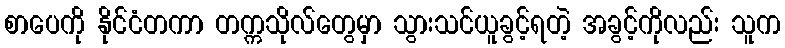
စာပေကို နိုင်ငံတကာ တက္ကသိုလ်တွေမှာ သွားသင်ယူခွင့်ရတဲ့ အခွင့်ကိုလည်း သူက